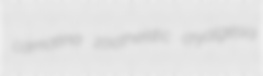
camatina zootheistic cryalgesia